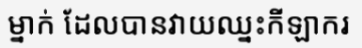
ម្នាក់ ដែលបានវាយឈ្នះកីឡាករ